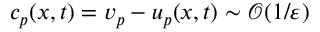
c _ { p } ( x , t ) = v _ { p } - u _ { p } ( x , t ) \sim \mathcal { O } ( 1 / \varepsilon )